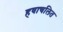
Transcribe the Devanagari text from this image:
हवाचलित